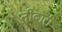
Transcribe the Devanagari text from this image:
तीदारी